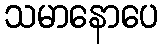
သမာနောပေ